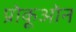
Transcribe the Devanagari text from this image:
प्रोकूओन